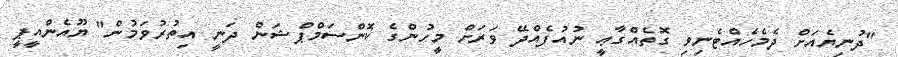
"ދުނިޔެއަށް ދެމެހެއްޓެނިވި ގޮތެއްގާޢީ ނުއުފެއްދޭ ވަރަށް މީހުންގެ ކޮންސަމްޕްޝަން ދަނީ އިތުރުވަމުން" ޔޫއެންއީޕީ